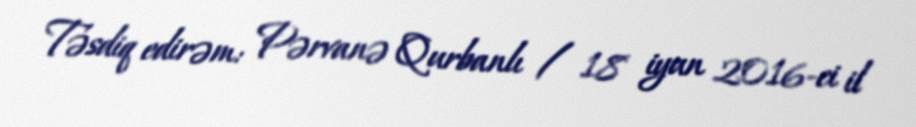
Təsdiq edirəm: Pərvanə Qurbanlı / 18 iyun 2016-ci il